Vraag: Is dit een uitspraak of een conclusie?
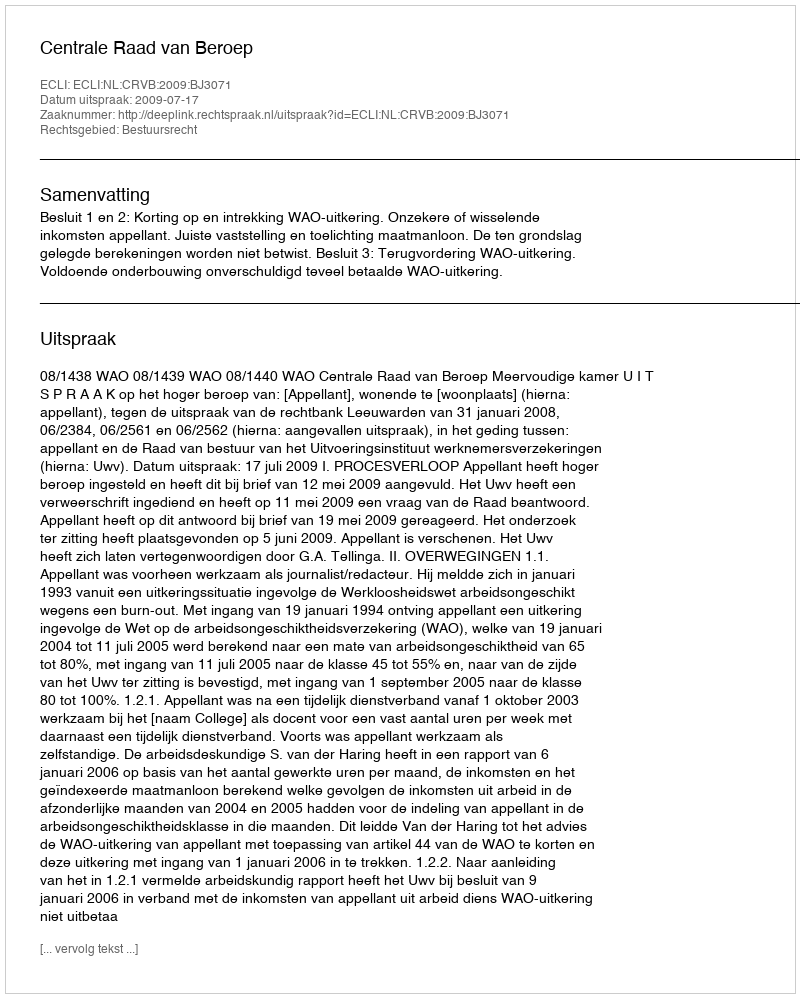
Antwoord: Uitspraak